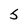
Character: 5